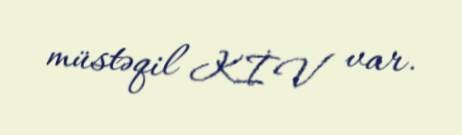
müstəqil KİV var.